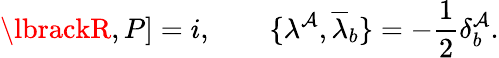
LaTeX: \lbrackR,P\rbrack=i,\qquad\lbrace\lambda^{\mathcal{A}},{\overline{{{{\lambda}}}}}_{b}\rbrace=-\frac{{1}}{{2}}\delta_{b}^{\mathcal{A}}.